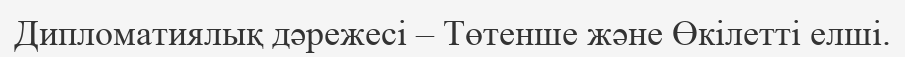
Дипломатиялық дәрежесі – Төтенше және Өкілетті елші.